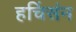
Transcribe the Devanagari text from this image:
हचिंसंन